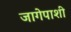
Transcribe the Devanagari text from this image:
जागेपाशी